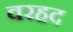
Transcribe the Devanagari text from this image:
वरहद